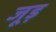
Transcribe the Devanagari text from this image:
जूड़